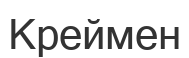
Креймен